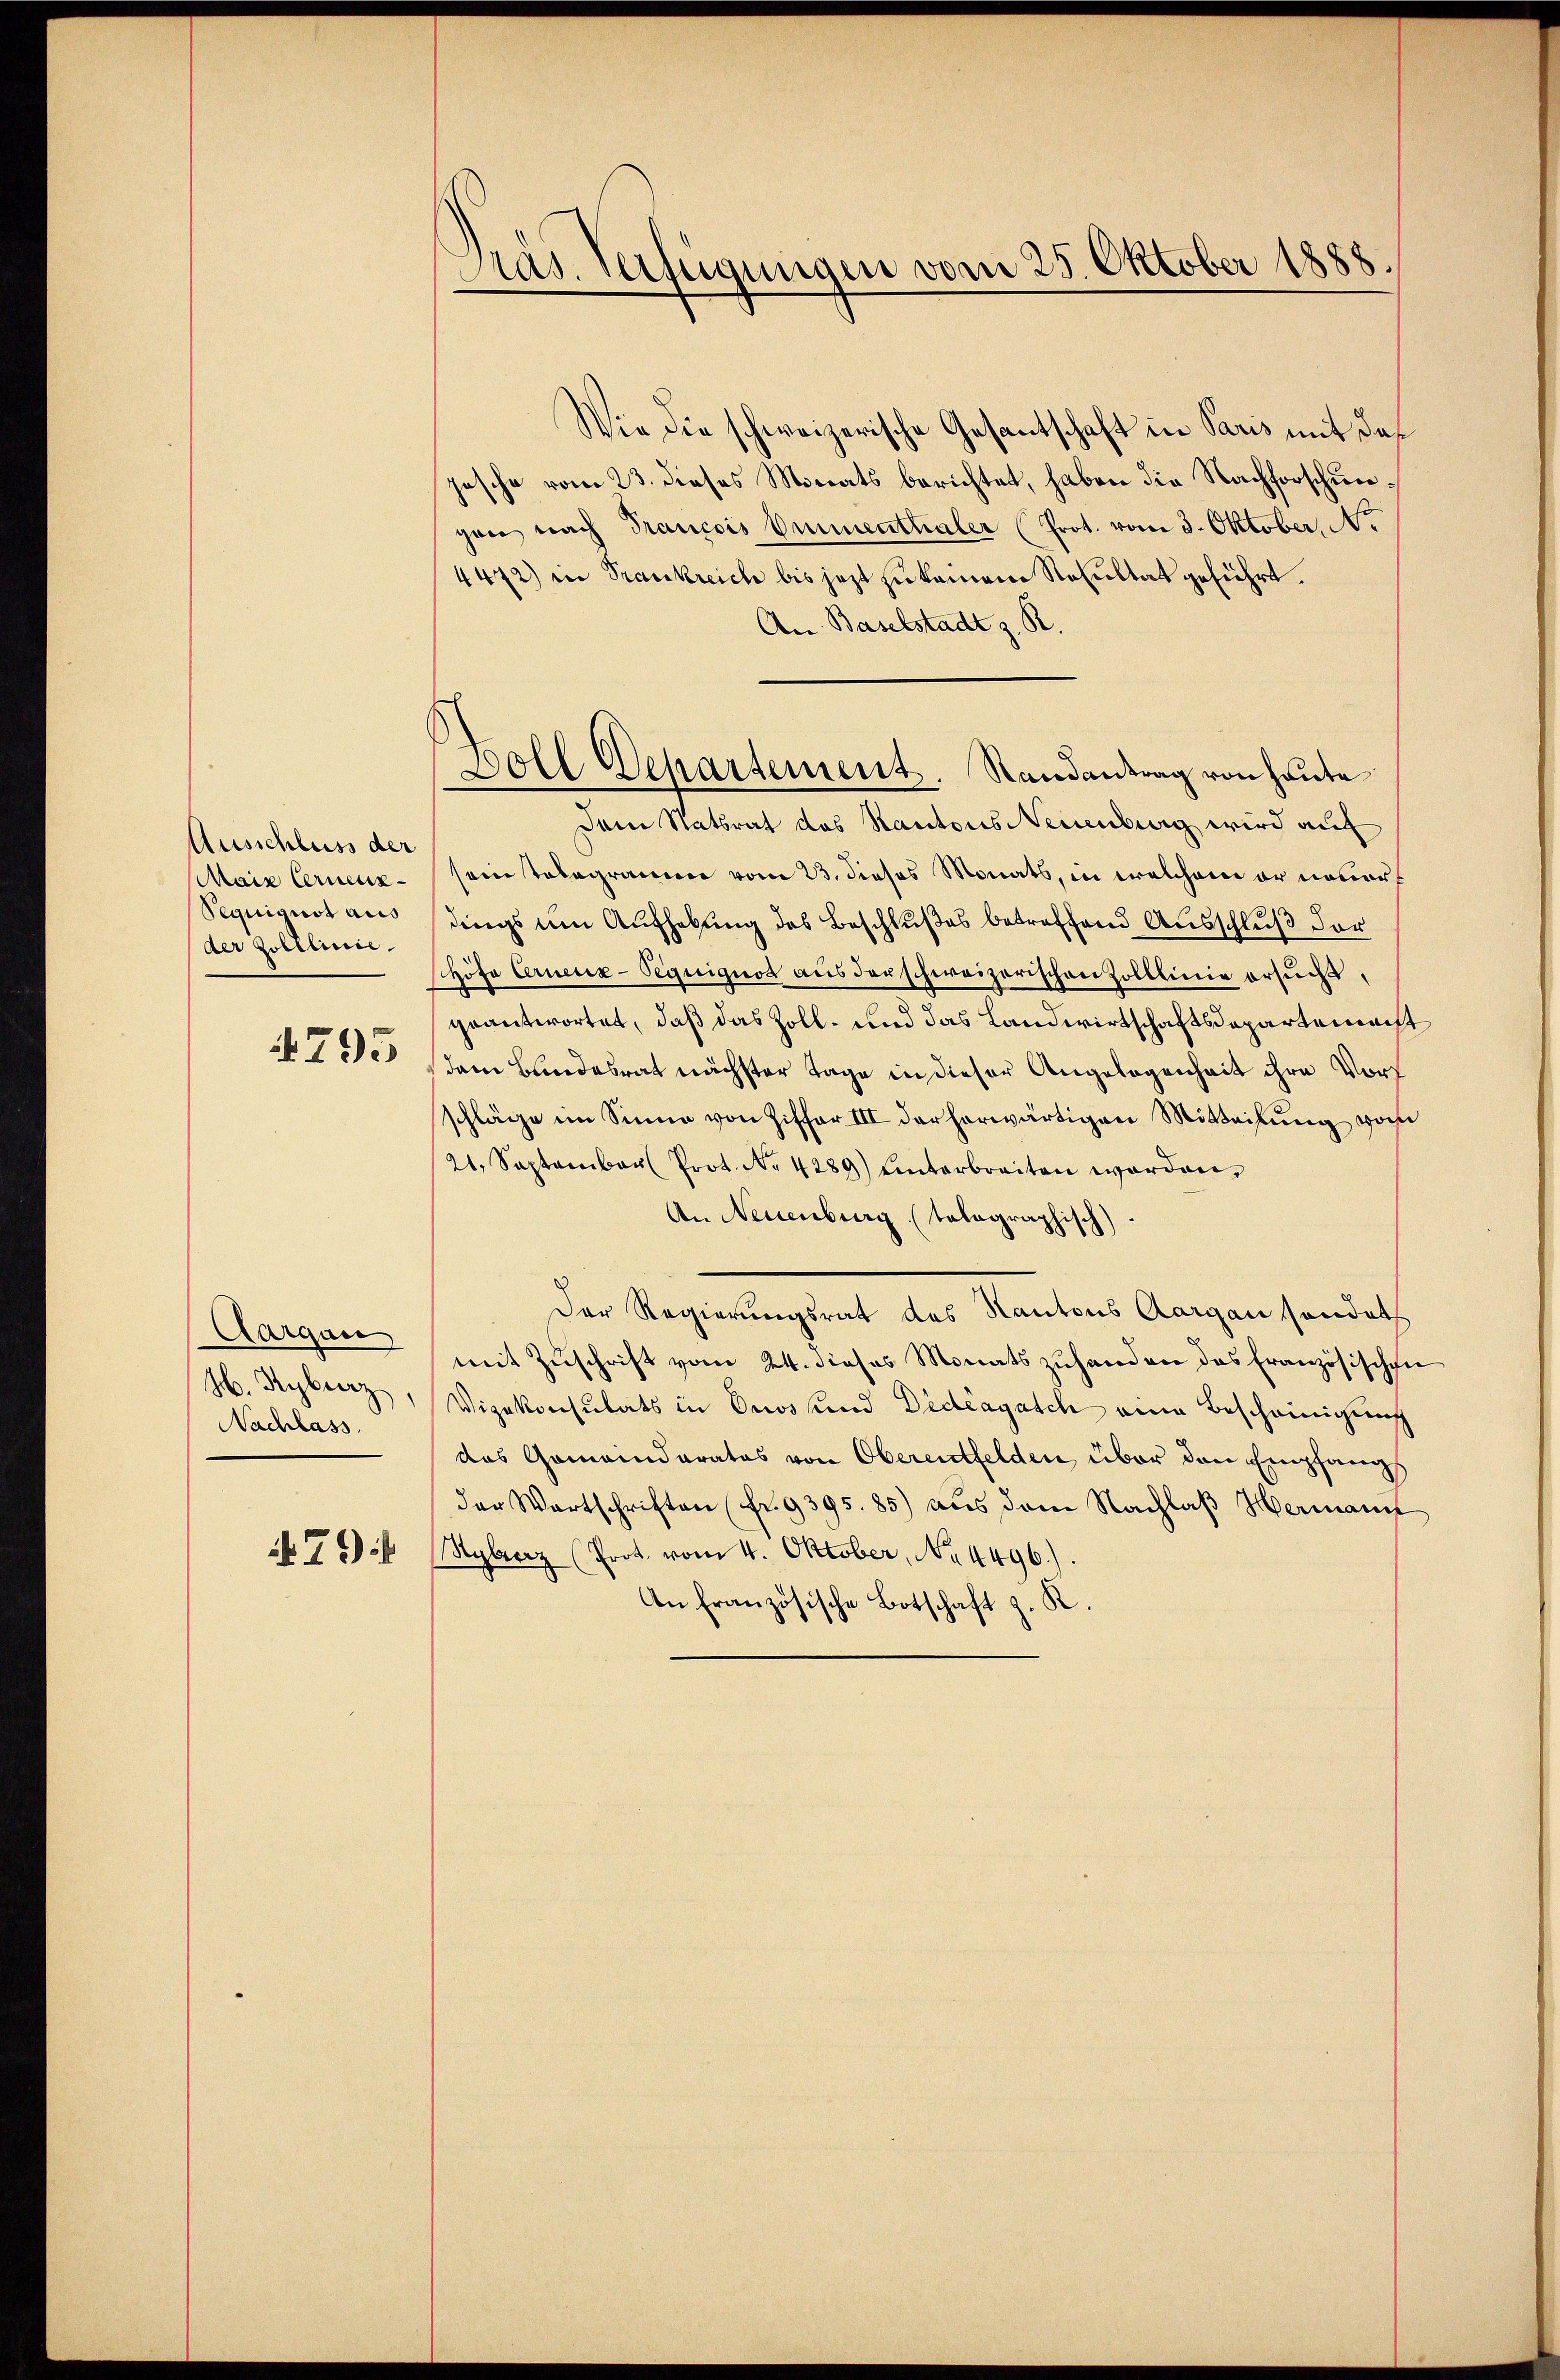
Ausschluss der
Maix Cerneu¬
Pequiguot aus
der Zolllinie.

4795

Aargau
H. Kyburg,
Nachlass.

if. 714

Gras Verfügungen vom 25. Oktober 1888.

Wie die schweizerische Gesantschaft in Paris mit das
jesche vom 23. dieses Monats berichtet, haben die Nachforschungen nach Trancois Ommenthaler (Prot. vom 3. Oktober, No
4472) in Trankreich bis jezt zu keinen Resultat geführt.
An Baselstadt z. R.
Dem Statsrat des Kantons Neuenburg wird auf
sein Telegramer vom 23. dieses Monats, in welchem er neuer
dings um Aufhebung des Beschlußes betreffend Ausschluß der
Höfa Crueux-Pequiquos aus der schweizerischen Zolllinie ersuch,
geantwortet, daß das Zoll- und das Landwirtschaftsdepartemacht
dem Bundesrat nächster Tage in dieser Angelegenheit ihre Vorf
schläge im Sinne von Ziffer III der herwärtigen Mitteilung vom
21. September Prot. No. 4289) Unterbreiten worden,
An Neuenburg (tolographisch)
Der Regierungsrat des Kantons Aargau sonders
mit Zuschrift vom 24. dieses Monatszuhanden das französischen
Vizekonsulats in Onoshund Dideagasch eine Bescheinigung
das Gemeinderates von Oberentfelden, über den Empfang
der Wartschriften (Fr. 9395.85) aus dem Nachlaβ Hermann
Ryberz (Prot. vom 4. Oktober, No. 4496.)
An Französische Botschaft z. R.

Woll Departement. Randantrag von Heute